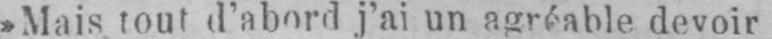
»Mais tout d’abord j’ai un agréable, devoir